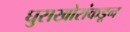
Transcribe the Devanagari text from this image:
घुसखोरांकडून